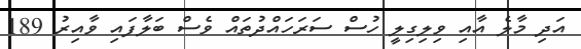
އަދި މާލެ އާއި ވިލިގިލީ ހުސް ސަރަހައްދުތައް ވެސް ބަލާފައި ވާއިރު 189